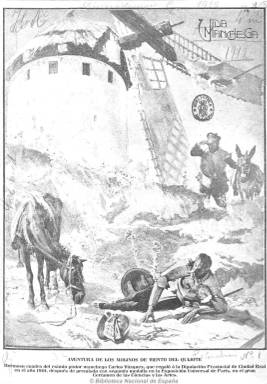
Título: Vida manchega
Colección: Revistas de información general
Ámbito geográfico: Ciudad Real
Lugar de publicación: Ciudad Real
Fechas: 07/03/1912-10/07/1920

Revista literaria e ilustrada “por excelencia”, tal como señala  Isidro Sánchez Sánchez, pero también de información general, con profusión de información gráfica de las provincias de Ciudad Real,  Albacete, Toledo y Cuenca. Comienza a publicarse en la primera ciudad citada el siete de marzo de 1912, aunque inicia su numeración el cuatro de abril, siendo su fundador, propietario y director artístico Enrique Pérez Pastor, en cuya imprenta y taller de grabado se estampaba, y el director literario, el maestro y escritor Isaac Antonio Vicente, que había dirigido el diario católico El pueblo manchego (1911-1936) y firmaba sus textos periodísticos con el seudónimo Aviceo.

En entregas de dieciséis páginas, aparece con una periodicidad semanal (jueves), ocupando su portada una gran fotografía. Además de textos de creación literaria (en prosa y en verso), de ciencia, arte, patrimonio arquitectónico, escultura, bibliografía, ofrece otros de la vida oficial, social y cultural, y sobre educación, industria, minería, comercio, agricultura, reforestación, tradiciones, carnavales, fiestas, semana santa, sucesos, teatros, toros, etc., tanto de la vida de las capitales como de destacados pueblos manchegos, a través de gacetillas, comentarios, crónicas, o reportajes. Las cuatro páginas centrales son generalmente ocupadas por fotografías, pero también acompañan a los demás textos, con reproducciones pictóricas, dibujos, paisajes, vistas y sobre todo retratos de autoridades políticas, administrativas, religiosas, culturales y de periodistas.

Entre sus redactores y colabores estuvieron Francisco Sastre Moreno (que figura como redactor jefe en 1914), José Subirá (como crítico musical), Ángel Corrales (autor de la sección “Vulgarizaciones científicas”), Rómulo Muro, Ricardo Martínez Franco, B. Sánchez de León, Epifanio Sánchez López, Rafael López de Haro, Arturo Gómez-Lobo, César García Valiente, Julián Morales Ruiz, Luis Tablanca, Antonio Maján Pinilla, Gabriel García Maroto, Leocadio Martín Ruiz, Antonio Heras, Manuel Camacho Beneytez, José A. Luengo, Gerardo J. Algarra, Alberto García López y Rafael Ramírez Arellano, entre otros, así como Fernando Franco (corresponsal desde Albacete) y César Huerta (desde Cuenca),

Desde el diez de julio de 1914 aumentó hasta las veinte páginas, incrementando al mismo tiempo sus anuncios publicitarios, a la vez que su periodicidad se hizo quincenal y se subtitula “revista regional ilustrada”. Tras el fallecimiento de Antonio Vicente, el 26 de noviembre de 1917, al año siguiente se irán incorporando las firmas de Alberto García López, Francisco Colás, Ángel Dotor Municio, José Sarachaga, José Cerro Rodero y Francisco Tolsada. Si al principio había publicado dibujos de Ángel Andrade, ahora los publicarán Francisco Adán Cañada y José J. de la Higuera.

Un estudio sobre esta revista ha sido realizado por José Narváez Fernández. El número 255 es el último de la colección y corresponde al diez de julio de 1920. Este mismo año y con el mismo título comienza a publicarse y a imprimirse en el taller de Enrique Pérez Pastor un diario vespertino independiente de carácter republicano, hasta 1932.